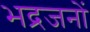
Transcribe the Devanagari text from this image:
भद्रजनों